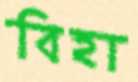
বিহা